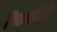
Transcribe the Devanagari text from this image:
गिरफ़तारियों